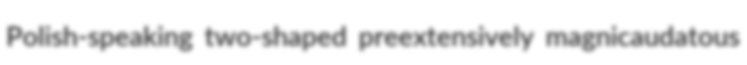
Polish-speaking two-shaped preextensively magnicaudatous